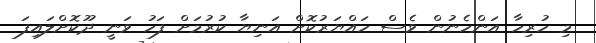
މި ހުރިހާ އަންހެނުން ވެސް ހައްޔަރުކޮށް އަނިޔާ ކުރުމަށް ފަހު ވަނީ ދޫކޮށްލައިފަ